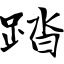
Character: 踏